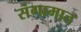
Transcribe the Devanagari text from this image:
संगामात